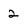
Character: 2